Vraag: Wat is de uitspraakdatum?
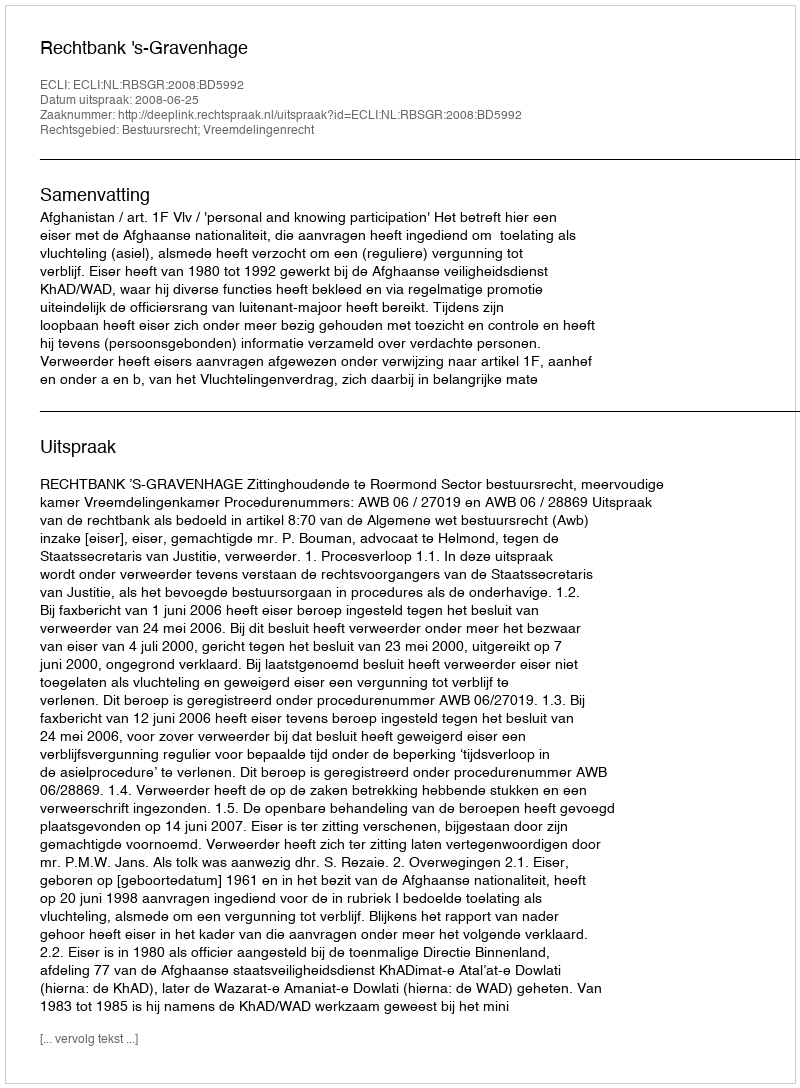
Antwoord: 2008-06-25